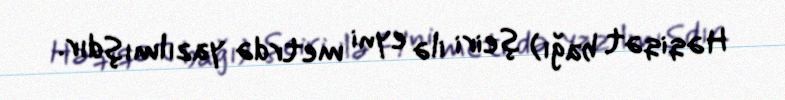
Həqiqət bağı) şeiri ilə eyni metrdə yazılmışdır.